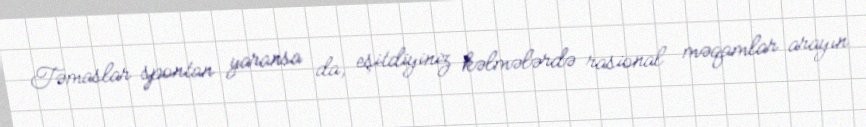
Təmaslar spontan yaransa da, eşitdiyiniz kəlmələrdə rasional məqamlar arayın.